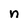
Character: n